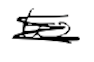
Text: to
Cross-out: mix
Writing tool: digital_black